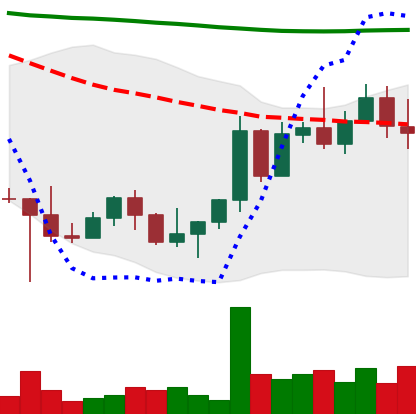
Ticker: NEO-USD
Chart end date: 2022-10-31
Forward return: 5.855%
Label: up_5_7